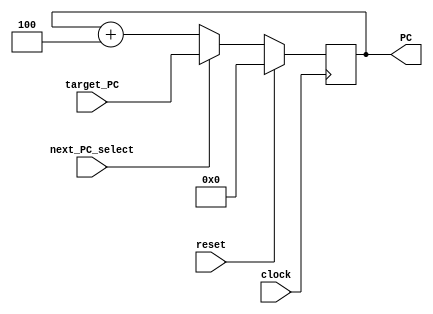
// Name: David Kirk, Zachary Carlson
// BU ID: U51166236, U14078190
// EC413 Project: Fetch Module

module fetch #(
  parameter ADDRESS_BITS = 16
) (
  input  clock,
  input  reset,
  input  next_PC_select,
  input  [ADDRESS_BITS-1:0] target_PC,
  output [ADDRESS_BITS-1:0] PC
);

reg [ADDRESS_BITS-1:0] PC_reg;

assign PC = PC_reg;

/******************************************************************************
*                      Start Your Code Here
******************************************************************************/

always @(posedge clock) begin

	if (reset) begin
		PC_reg <= 0;
	end else if (next_PC_select) begin
		PC_reg <= target_PC;
	end else begin
		PC_reg <= PC + 4;
	end

end

endmodule